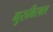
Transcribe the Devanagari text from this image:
गुरुबिरबल